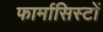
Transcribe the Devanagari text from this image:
फार्मासिस्टों